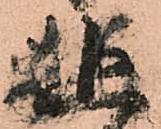
追